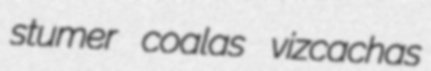
stumer coalas vizcachas